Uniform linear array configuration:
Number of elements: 32
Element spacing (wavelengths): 1
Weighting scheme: blackman
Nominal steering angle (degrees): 30
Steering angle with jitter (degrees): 30.938
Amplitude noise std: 0.05
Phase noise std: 0.05

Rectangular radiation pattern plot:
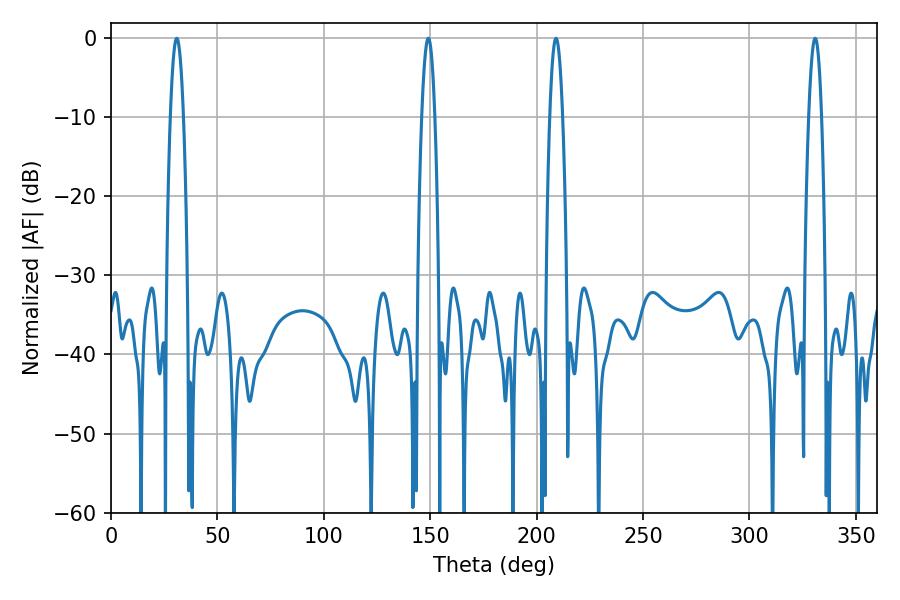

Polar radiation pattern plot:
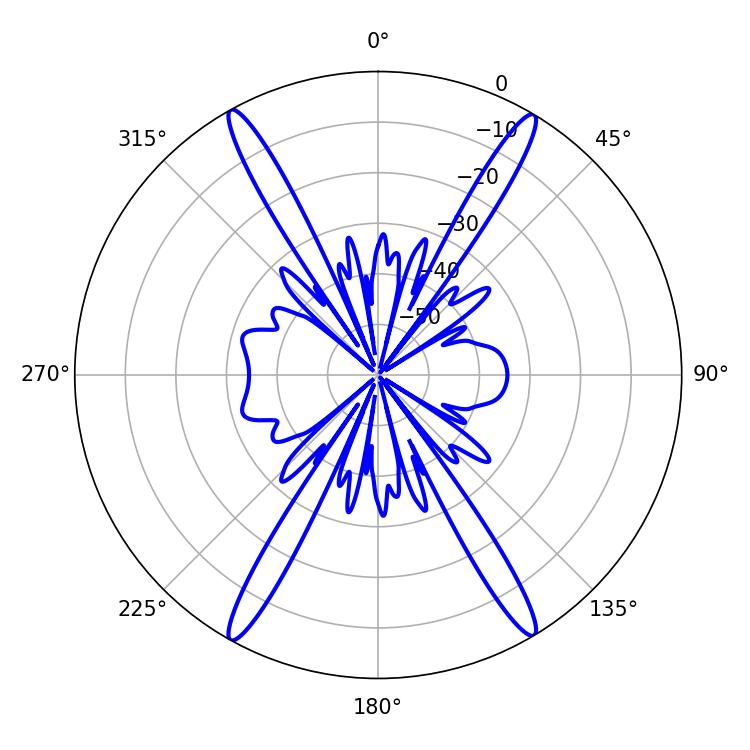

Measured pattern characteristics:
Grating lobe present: TRUE
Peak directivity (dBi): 26.624
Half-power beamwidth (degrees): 3.24
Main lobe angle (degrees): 330.84